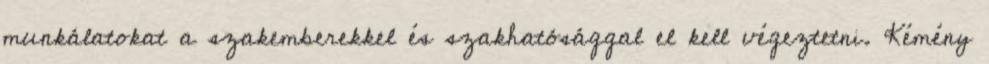
munkálatokat a szakemberekkel és szakhatósággal el kell végeztetni. Kémény